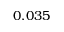
0 . 0 3 5